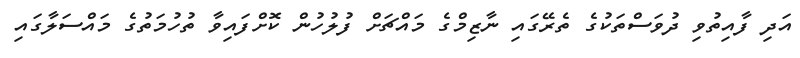
އަދި ފާއިތުވި ދުވަސްތަކުގެ ތެރޭގައި ނާޒިމްގެ މައްޗަށް ފުލުހުން ކޮށްފައިވާ ތުހުމަތުގެ މައްސަލާގައި